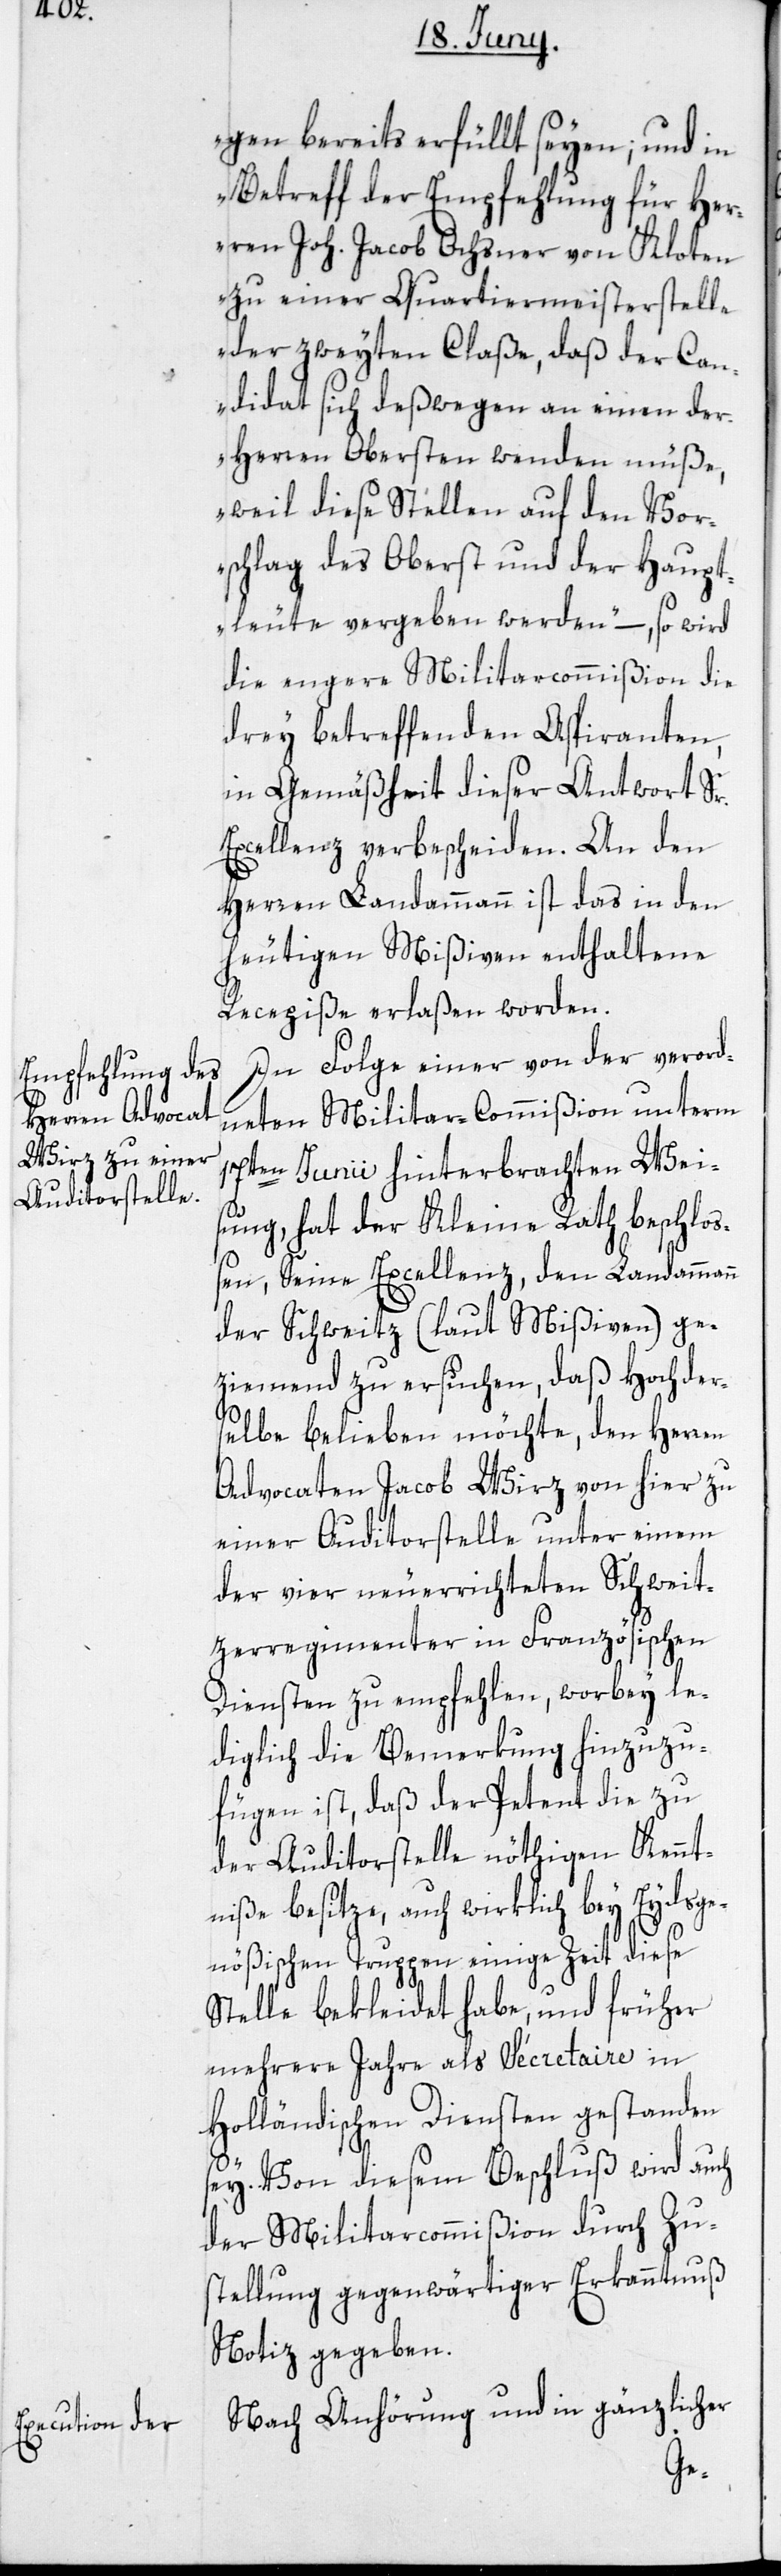
gen bereits erfüllt seyen; und in
Betreff der Empfehlung für Her¬
ren Joh. Jacob Ochsner von Kloten
zu einer Quartiermeisterstelle
der zweyten Claße, daß der Can¬
didat sich deßwegen an einen der
Herren Obersten wenden müße,
weil diese Stellen auf den Vor¬
schlag des Oberst und der Haupt¬
leute vergeben werden“ –, so wird
die engere Militarcommißion die
drey betreffenden Aspiranten,
in Gemäßheit dieser Antwort Sr.
Excellenz verbescheiden. An den
Herren Landammann ist das in den
heutigen Mißiven enthaltene
Recepiße erlaßen worden.
In Folge einer von der verord¬
neten Militar-Commißion unterm
17ten Junii hinterbrachten Wei¬
sung, hat der Kleine Rath beschlos¬
sen, Seine Excellenz, den Landammann
der Schweitz (laut Mißiven) ge¬
ziemend zu ersuchen, daß Hochder¬
selbe belieben möchte, den Herren
Advocaten Jacob Wirz von hier zu
einer Auditorstelle unter einem
der vier neuerrichteten Schweit¬
zerregimenter in Französischen
Diensten zu empfehlen, worbey le¬
diglich die Bemerkung hinzuzu¬
fügen ist, daß der Petent die zu
der Auditorstelle nöthigen Kennt¬
niße besitze, auch wirklich bey Eydsge¬
nößischen Truppen einige Zeit diese
Stelle bekleidet habe, und früher
mehrere Jahre als Sécreataire in
Holländischen Diensten gestanden
sey. Von diesem Beschluß wird auch
der Militarcommißion durch Zu¬
stellung gegenwärtiger Erkanntnuß
Notiz gegeben.
Nach Anhörung und in gänzlicher